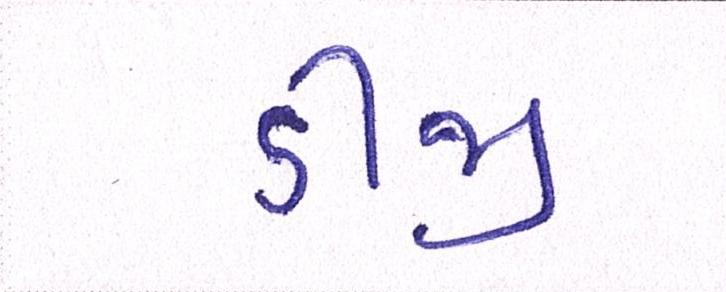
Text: ડીજી